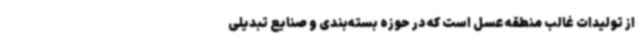
از تولیدات غالب منطقه عسل است که در حوزه بسته‌بندی و صنایع تبدیلی